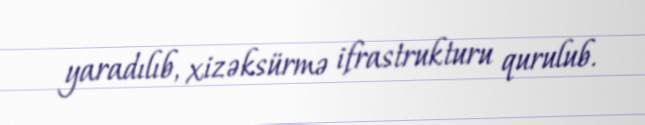
yaradılıb, xizəksürmə ifrastrukturu qurulub.